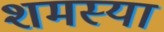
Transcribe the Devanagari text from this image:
शमस्या